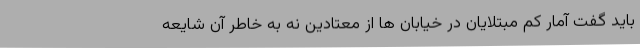
باید گفت آمار کم مبتلایان در خیابان ها از معتادین نه به خاطر آن شایعه